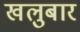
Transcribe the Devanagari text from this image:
खलुबार